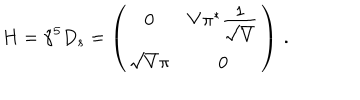
H = \hat { \gamma } ^ { 5 } { D } _ { s } = \left( \begin{array} { c c } { { 0 } } & { { V \pi ^ { * } \frac { \textstyle 1 } { \textstyle \sqrt { V } } } } \\ { { \sqrt { V } \pi } } & { { 0 } } \\ \end{array} \right) \, .